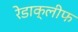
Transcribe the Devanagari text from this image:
रेडाक्लीफ